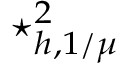
\star _ { h , 1 / \mu } ^ { 2 }